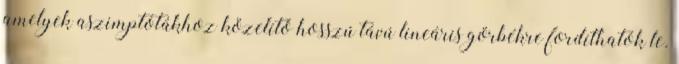
amelyek aszimptótákhoz közelítő hosszú távú lineáris görbékre fordíthatók le.